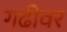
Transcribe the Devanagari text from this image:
गढीवर